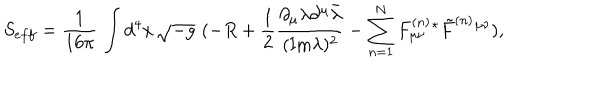
LaTeX: S _ { e f f } = { \frac { 1 } { 1 6 \pi } } \, \int d ^ { 4 } x \, \sqrt { - g } \, \, ( - R + { \frac { 1 } { 2 } } { \frac { \partial _ { \mu } \lambda \partial ^ { \mu } \bar { \lambda } } { ( \mathrm { I m } \lambda ) ^ { 2 } } } - \sum _ { n = 1 } ^ { N } { F _ { \mu \nu } ^ { ( n ) } { } ^ { \star } \tilde { F } ^ { ( n ) } { } ^ { \mu \nu } } ) ,